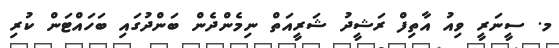
މ. ސީނަރީ ވިއު އާތިފް ރަޝީދު ޝަރީއަތް ނިމެންދެން ބަންދުގައި ބަހައްޓަން ކުރި